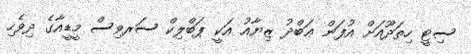
ސިޓީ ހިތަދޫއަށް އުފަން ޢަބްދު ޒިޔާއު އަކީ ޕަބްލިކް ސަރވިސް މީޑީއާގެ ދިވެހި